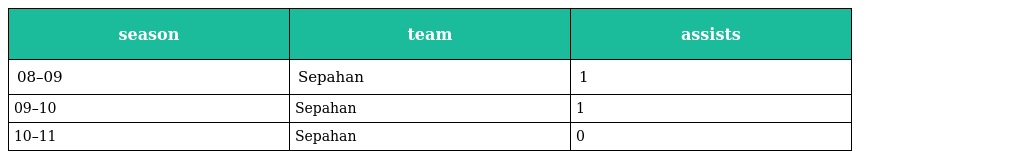
| season | team | assists |
 | --- | --- | --- |
 | 08–09 | Sepahan | 1 |
 | 09–10 | Sepahan | 1 |
 | 10–11 | Sepahan | 0 |